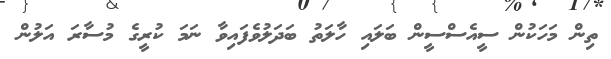
ތިން މަހަކުން ސީއެސްސީން ބަލައި ހާލަތު ބަދަލުވެފައިވާ ނަމަ ކުރީގެ މުސާރަ އަލުން